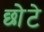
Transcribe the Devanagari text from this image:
छोेटे